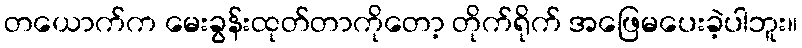
တယောက်က မေးခွန်းထုတ်တာကိုတော့ တိုက်ရိုက် အဖြေမပေးခဲ့ပါဘူး။